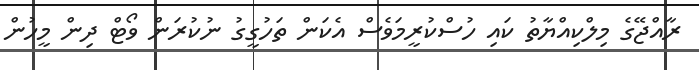
ރާއްޖޭގެ މިލްކިއްޔާތު ކައި ހުސްކުރީމަވެސް އެކަން ތަހުގީގު ނުކުރަން ވޯޓް ދިން މީހުން